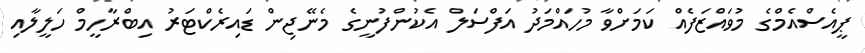
ޕީއެސްއެމްގެ މުވައްޒަފެއް ކަމަށްވާ މުހައްމަދު އަފްސަލް އެކުންފުނީގެ މެނޭޖިން ޑައިރެކްޓަރު އިބްރާހީމް ހަލީލާއި